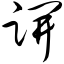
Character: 趼